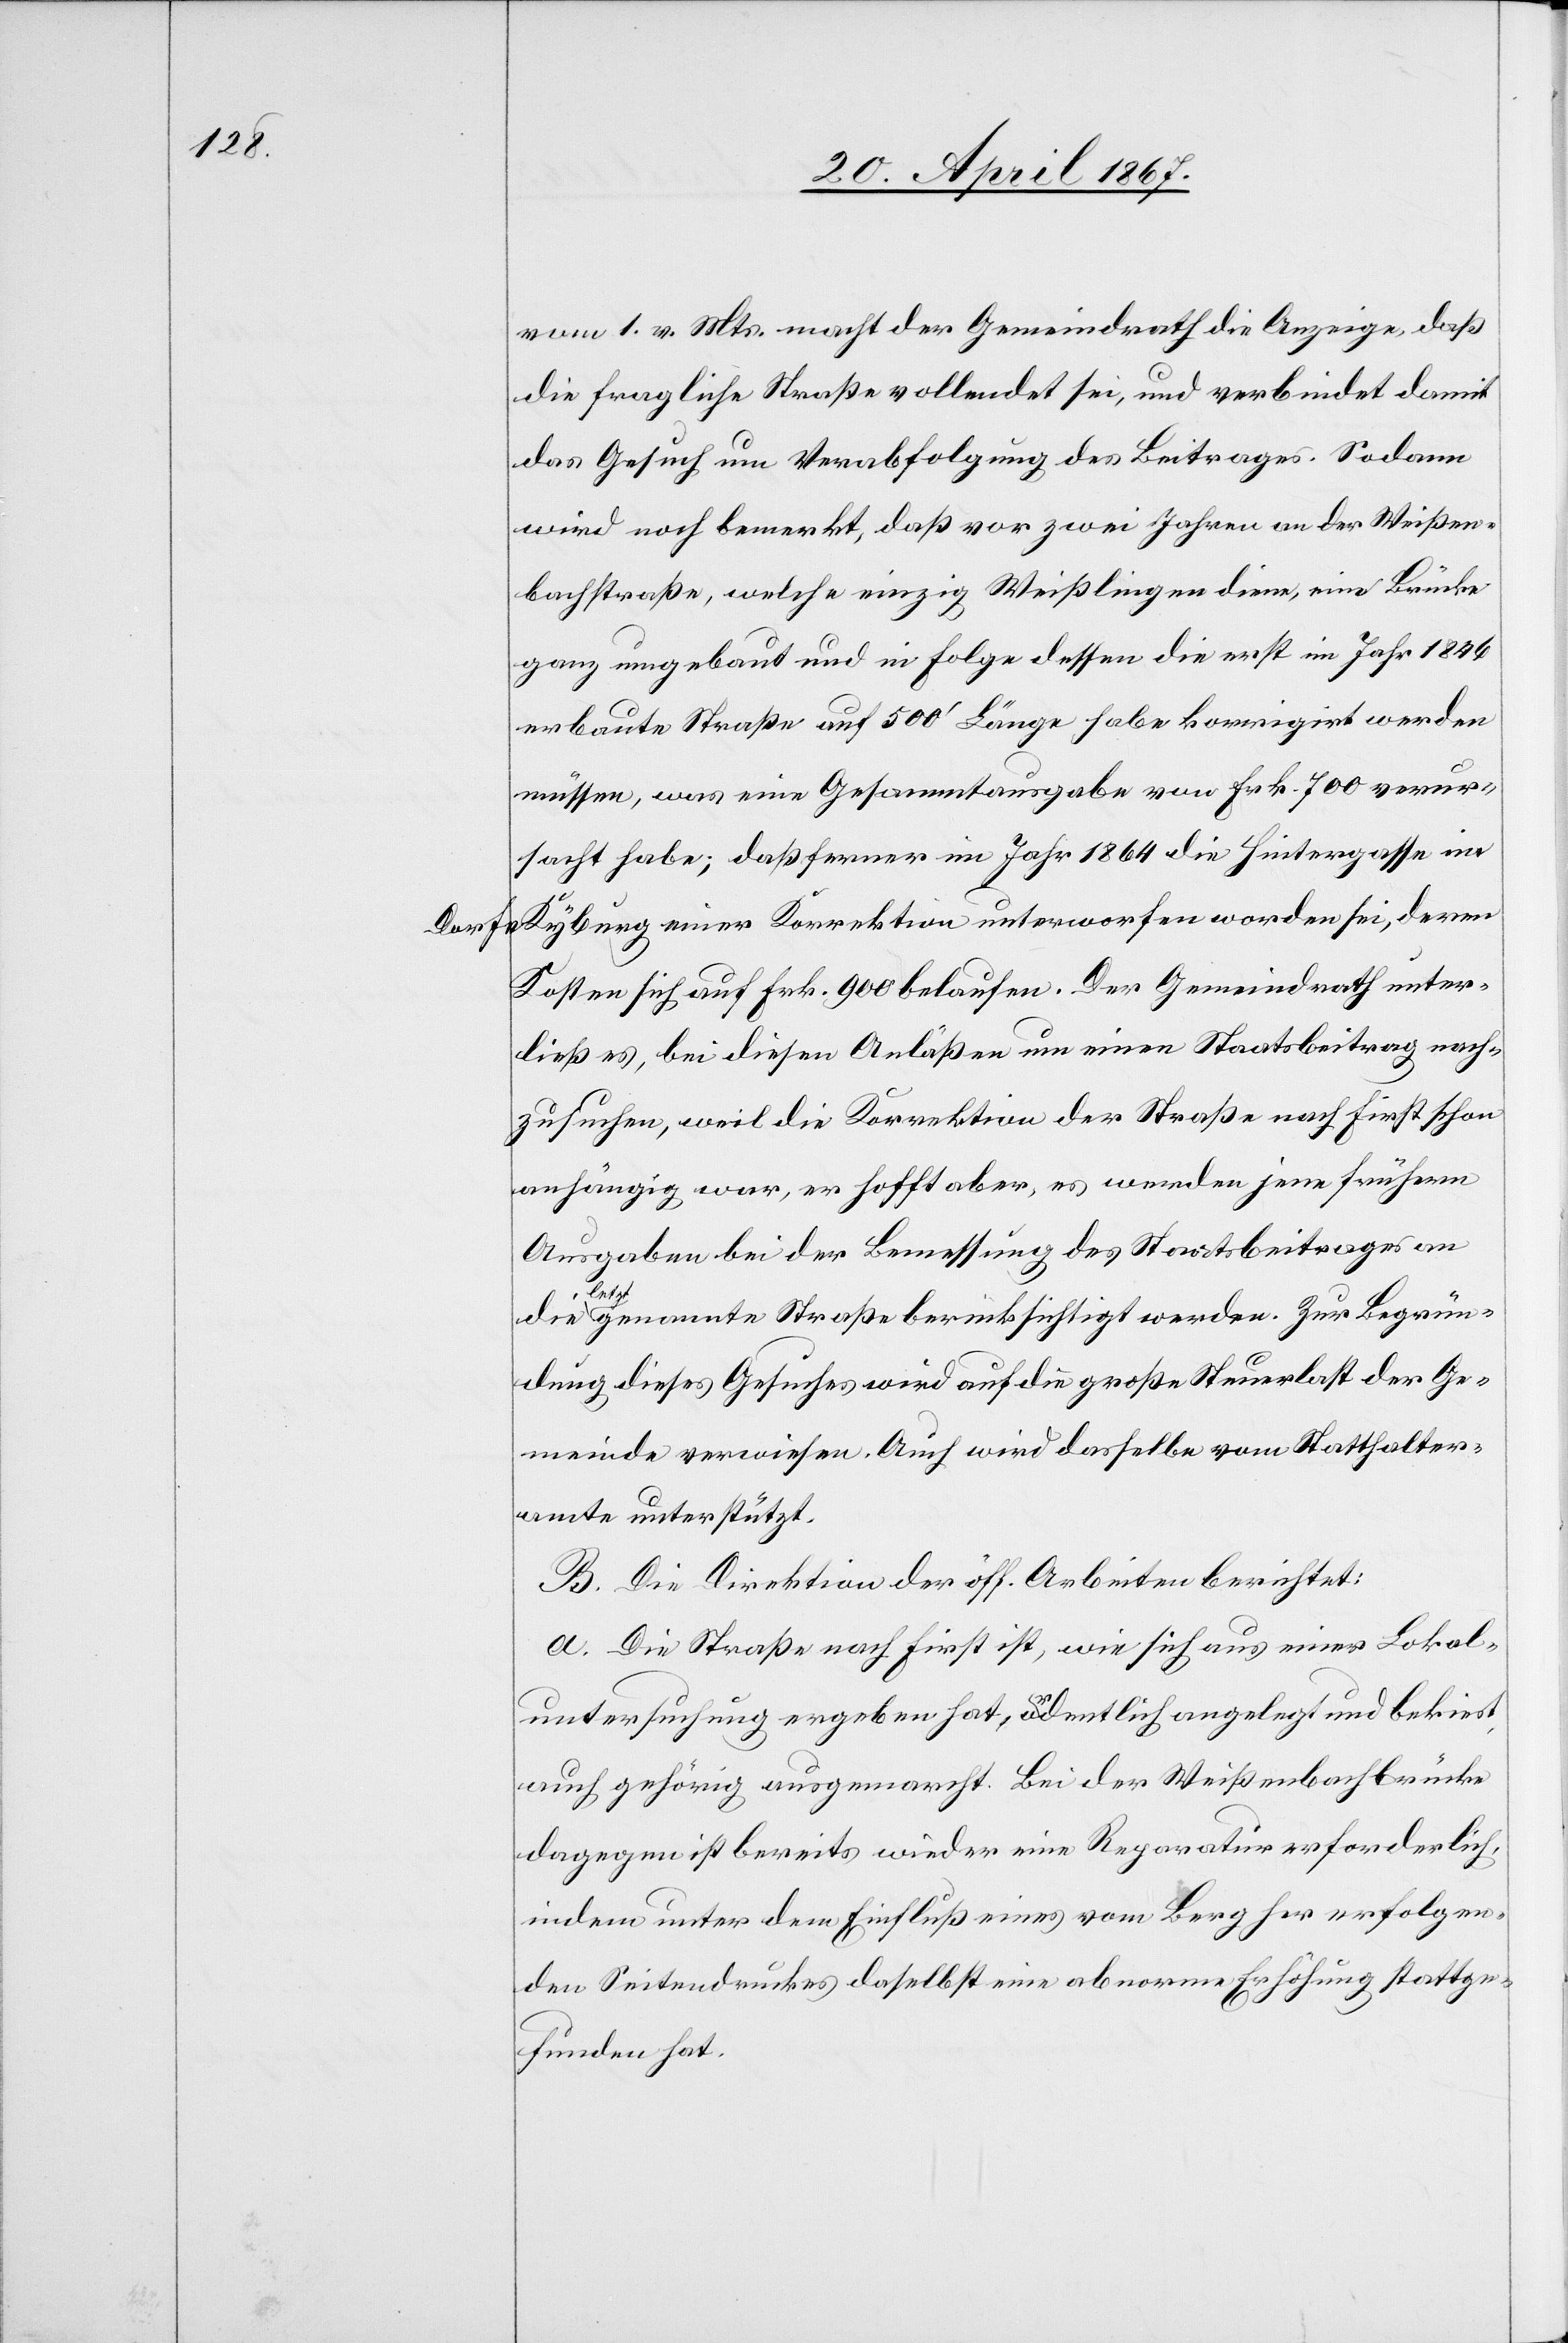
vom 1. v. Mts macht der Gemeindrath die Anzeige, daß
die fragliche Straße vollendet sei, und verbindet damit
das Gesuch um Verabfolgung des Beitrages. Sodann
wird noch bemerkt, daß vor zwei Jahren an der Weißen¬
bachstraße, welche einzig Weißlingen diene, eine Brücke
ganz umgebaut und in Folge dessen die erst im Jahr 1846
erbaute Straße auf 500’ Länge habe korrigirt werden
müssen, was eine Gesammtausgabe von Frk. 700 verur¬
sacht habe; daß ferner im Jahr 1864 die Hintergasse in
Kyburg einer Korrektion unterworfen worden sei, deren
Kosten sich auf Frk. 900 belaufen. Der Gemeindrath unter¬
ließ es, bei diesen Anläßen um einen Staatsbeitrag nach¬
zusuchen, weil die Korrektion der Straße nach First schon
anhängig war, er hofft aber, es werden jene frühern
Ausgaben bei der Bemessung des Staatsbeitrages an
die letztgenannte Straße berücksichtigt werden. Zur Begrün¬
dung dieses Gesuchs wird auf die große Steuerlast der Ge¬
meinde verwiesen. Auch wird dasselbe vom Statthalter¬
amte unterstützt.
B. Die Direktion der öff. Arbeiten berichtet:
a. Die Straße nach First ist, wie sich aus einer Lokal¬
untersuchung ergeben hat, ordentlich angelegt und bekiest
auch gehörig ausgemarcht. Bei der Weißenbachbrücke
dagegen ist bereits wieder eine Reparatur erforderlich,
indem unter dem Einfluß eines vom Berg her erfolgen¬
den Seitendruckes daselbst eine abnorme Erhöhung stattge¬
funden hat.